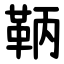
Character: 鞆